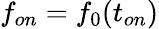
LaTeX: f_{on}=f_{0}(t_{on})